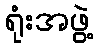
ရုံးအဖွဲ့